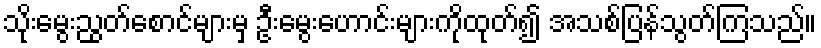
သိုးမွေးညွတ်စောင်များမှ ဦးမွေးဟောင်းများကိုထုတ်၍ အသစ်ပြန်သွတ်ကြသည်။